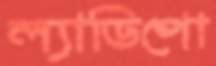
ল্যাডিপো